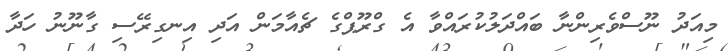
މިއަދު ނޫސްވެރިންނާ ބައްދަލުކުރައްވާ އެ ގްރޫޕްގެ ޗެއާމަން އަދި އިނގިރޭސި ގާނޫނު ހަދާ